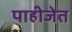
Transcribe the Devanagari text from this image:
पाहीजेत